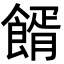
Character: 𩝔